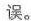
误。